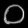
Digit: ၀